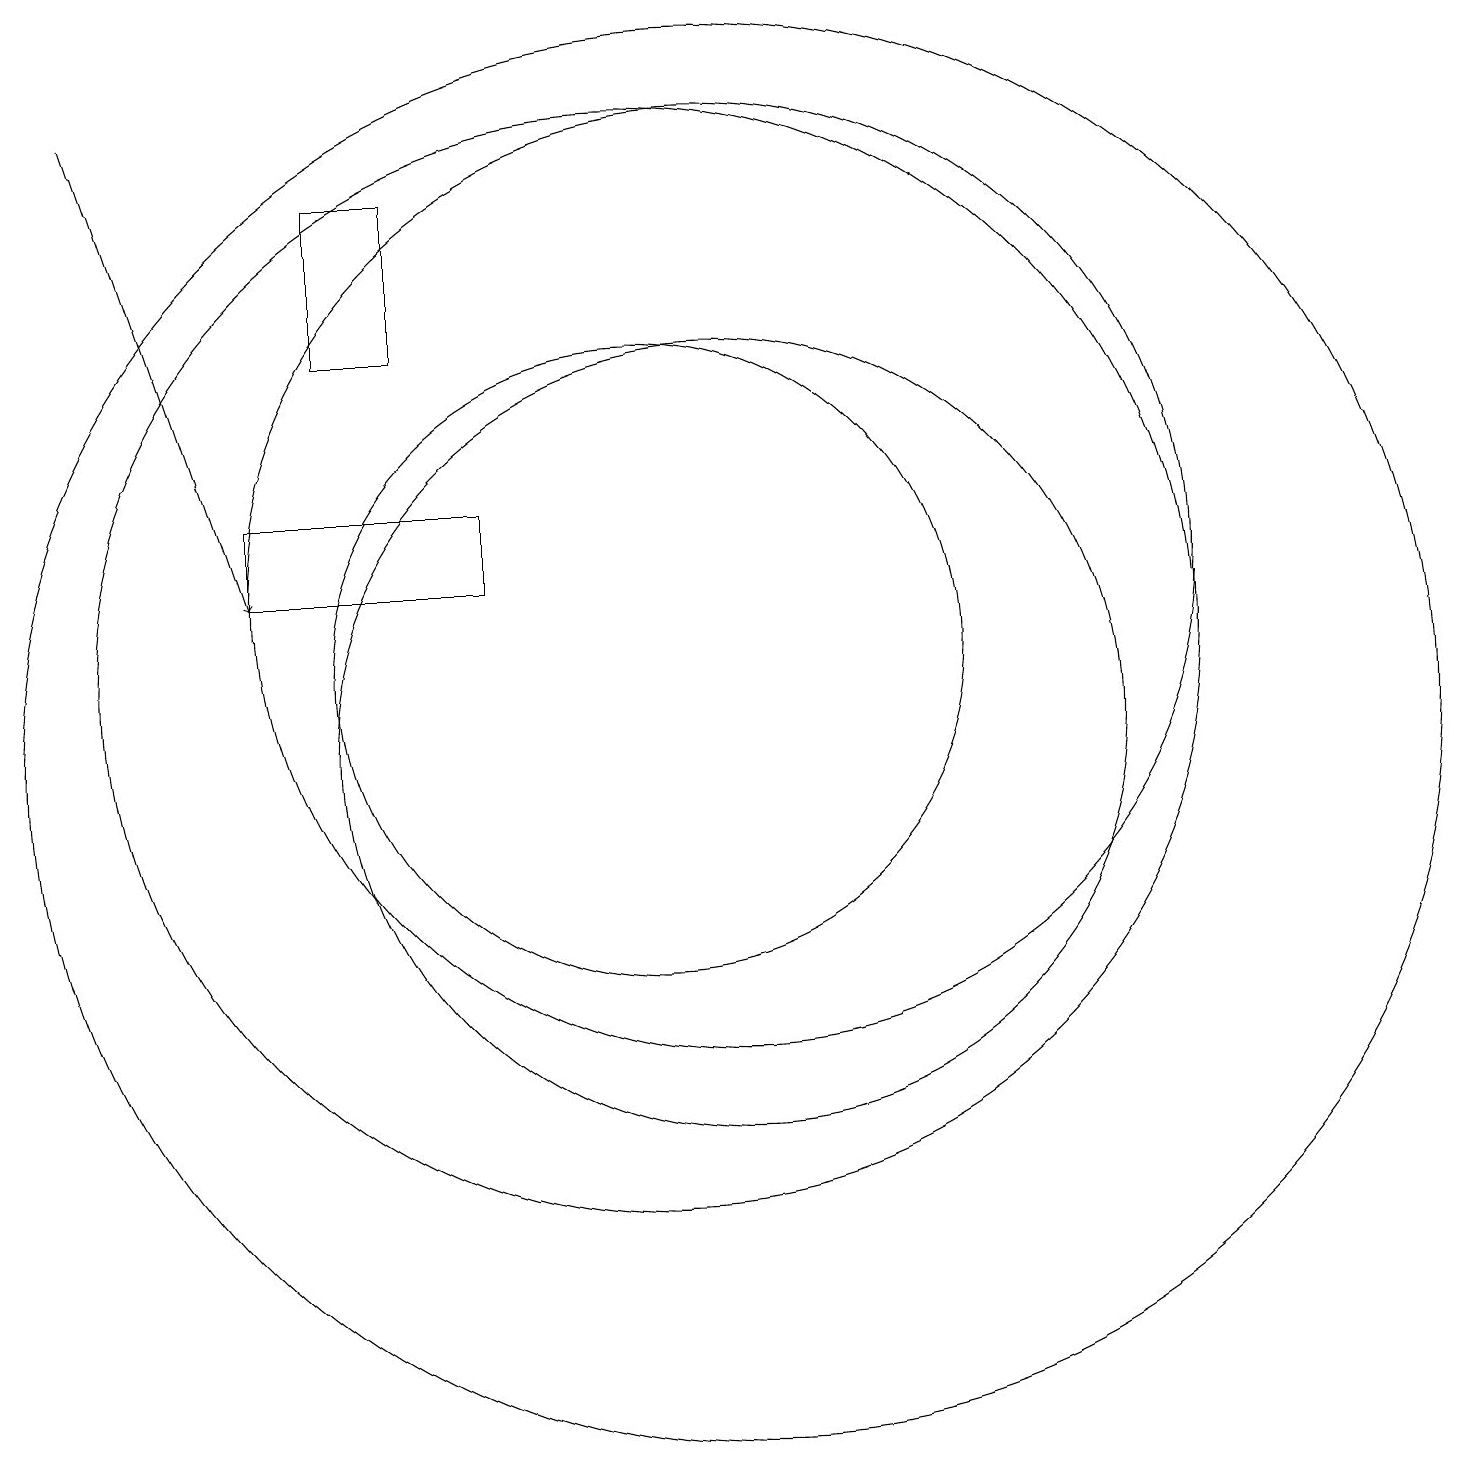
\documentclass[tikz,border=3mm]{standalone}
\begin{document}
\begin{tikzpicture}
\draw (11,10) circle (5);
\draw (11,10) circle (9);
\draw (8,12) rectangle (5,13);
\draw[->] (3,18) -- (5,12);
\draw (10,11) circle (4);
\draw (11,12) circle (6);
\draw (7,17) rectangle (6,15);
\draw (10,11) circle (7);
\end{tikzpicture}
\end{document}